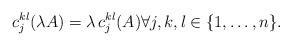
LaTeX: \begin{align*}c_j^{kl}(\lambda A) = \lambda\, c_j^{kl}(A)\forall j,k,l\in \{1,\dots,n\}.\end{align*}